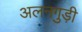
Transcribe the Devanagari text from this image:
अलनगुड़ी